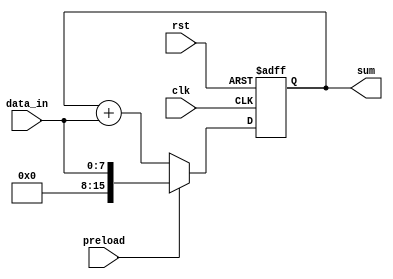
module accumulator (
  input wire clk,          // Clock signal
  input wire rst,          // Reset signal
  input wire preload,      // Preload signal
  input wire [7:0] data_in, // Input data signal
  output reg [15:0] sum     // Accumulated sum output signal
);

reg [15:0] accumulator;    // Internal accumulator register

always @(posedge clk or posedge rst) begin
  if (rst) begin
    accumulator <= 16'h0000; // Reset accumulator to zero
  end else if (preload) begin
    accumulator <= {8'b0, data_in}; // Preload accumulator with input data
  end else begin
    accumulator <= accumulator + {8'b0, data_in}; // Add input data to accumulator
  end
end

assign sum = accumulator; // Assign accumulated sum to output

endmodule